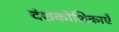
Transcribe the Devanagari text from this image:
दंशकोशिकाएँ